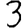
Digit: 3